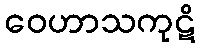
ဝေဟာသကုဋိ